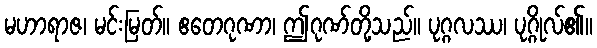
မဟာရာဇ၊ မင်းမြတ်။ ဧတေဂုဏာ၊ ဤဂုဏ်တို့သည်။ ပုဂ္ဂလဿ၊ ပုဂ္ဂိုလ်၏။